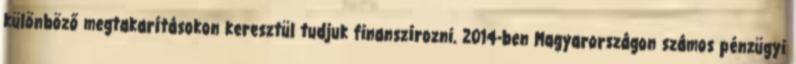
különböző megtakarításokon keresztül tudjuk finanszírozni. 2014-ben Magyarországon számos pénzügyi